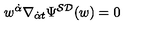
w ^ { { \dot { \alpha } } } \nabla _ { { \dot { \alpha } } t } \Psi ^ { { \cal S D } } ( w ) = 0